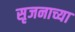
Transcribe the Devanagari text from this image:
सृजनाच्या